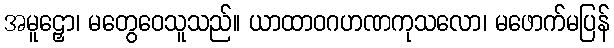
အမူဠှော၊ မတွေဝေသူသည်။ ယာထာဝဂဟဏကုသလော၊ မဖောက်မပြန်